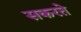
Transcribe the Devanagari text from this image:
सकरते